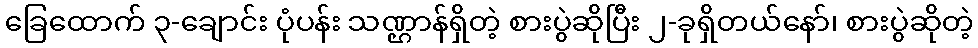
ခြေထောက် ၃-ချောင်း ပုံပန်း သဏ္ဌာန်ရှိတဲ့ စားပွဲဆိုပြီး ၂-ခုရှိတယ်နော်၊ စားပွဲဆိုတဲ့